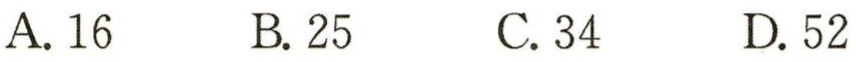
A. 16\quad B. 25\quad C. 34\quad D. 52